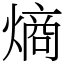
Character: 熵